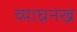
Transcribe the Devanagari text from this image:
व्याघ्रनख